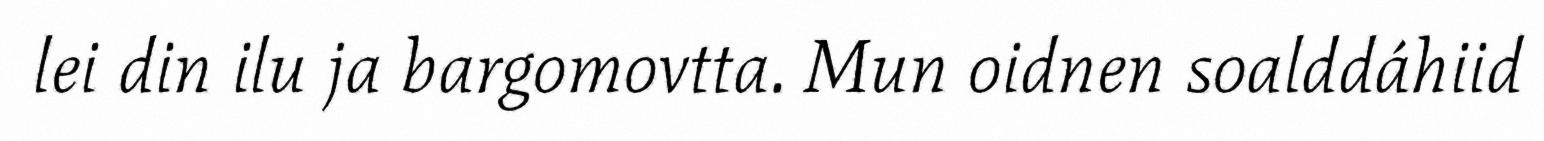
lei din ilu ja bargomovtta. Mun oidnen soalddáhiid